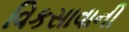
વિકસાવાની